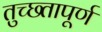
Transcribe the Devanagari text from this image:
तुच्छ्तापूर्ण